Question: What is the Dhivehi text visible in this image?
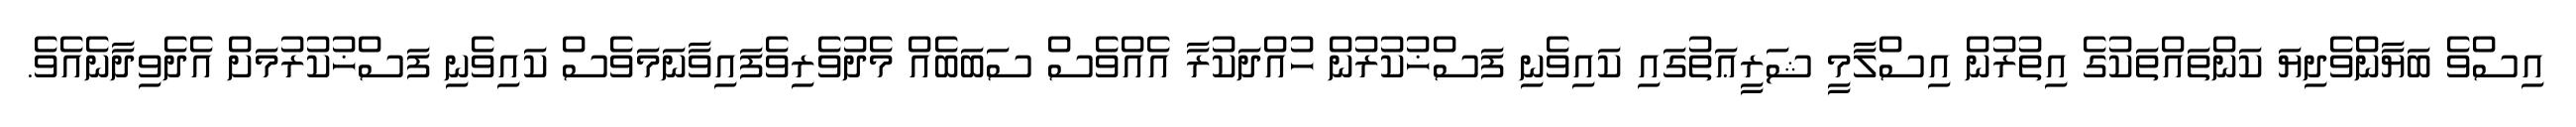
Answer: އިސްވެ ބަޔާންވެދިޔަ ކަންތައްތަކުގެ އިތުރުން އިސްލާމީ ޝަރީޢަތުގައި ކައިވެނި ފަސްޚުކުރުން ހުއްދަކުރާ އެއްވެސް ސަބަބެއް މެދުވެރިވެފައިވާނަމަވެސް ކައިވެނި ފަސްޚުކުރުމަށް އެދެވިދާނެއެވެ.